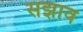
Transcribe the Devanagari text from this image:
सझाव